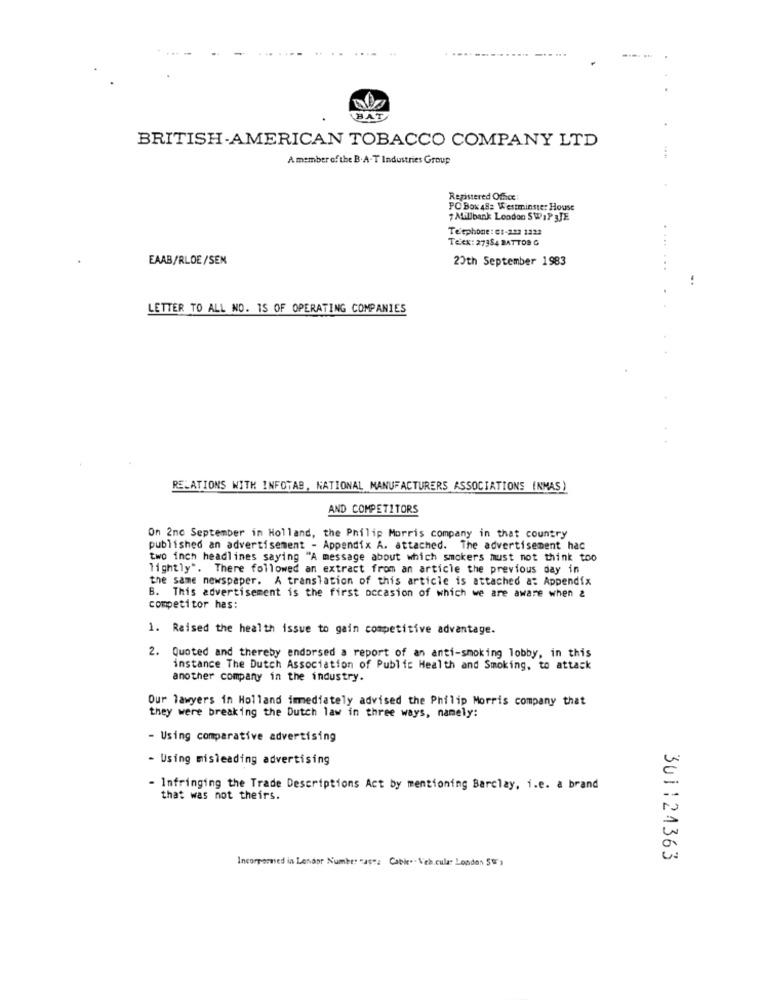
BAT
BRITISH-AMERICAN TOBACCO COMPANY LTD
A member of the B. A .- T Industries Group
Registered Office
PO Box 482 Westminster House
7 Millbank London SWPIPSJE
Telephone : Ct-223 1322
TECK: 27384 BATTOB G
EAAB/RLOE/SEN
20th September 1983
LETTER TO ALL NO. IS OF OPERATING COMPANIES
RELATIONS WITH INFOTAB, NATIONAL MANUFACTURERS ASSOCIATIONS (NMAS)
AND COMPETITORS
On 2nc September in Holland, the Philip Morris company in that country
published an advertisement - Appendix A. attached. The advertisement hac
two inch headlines saying "A message about which smokers must not think too
lightly". There followed an extract from an article the previous day in
the same newspaper. A translation of this article is attached a: Appendix
B. This advertisement is the first occasion of which we are aware when &
competitor has:
1. Raised the health issue to gain competitive advantage.
2. Quoted and thereby endorsed a report of an anti-smoking lobby, in this
instance The Dutch Association of Public Health and Smoking, to attack
another company in the industry.
Our lawyers in Holland immediately advised the Philip Morris company that
they were breaking the Dutch law in three ways, namely:
- Using comparative advertising
- Using misleading advertising
- Infringing the Trade Descriptions Act by mentioning Barclay, i.e. a brand
that was not theirs.
Incorpormed in Lendor Number "as": Cable .. \ch.cular London Sur ,
301124363